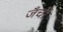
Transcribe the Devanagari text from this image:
जँची